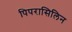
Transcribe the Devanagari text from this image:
पिपरासिलिन